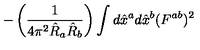
- \left( \frac { 1 } { 4 \pi ^ { 2 } \hat { R } _ { a } \hat { R } _ { b } } \right) \int d \hat { x } ^ { a } d \hat { x } ^ { b } ( F ^ { a b } ) ^ { 2 }